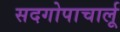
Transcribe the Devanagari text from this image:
सदगोपाचार्लू